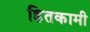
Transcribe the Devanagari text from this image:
हितकामी